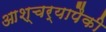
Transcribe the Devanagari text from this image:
आश्चर्यापैकी